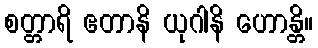
စတ္တာရိ ဧတာနိ ယုဂါနိ ဟောန္တိ။